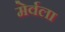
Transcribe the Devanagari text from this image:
मेर्वला